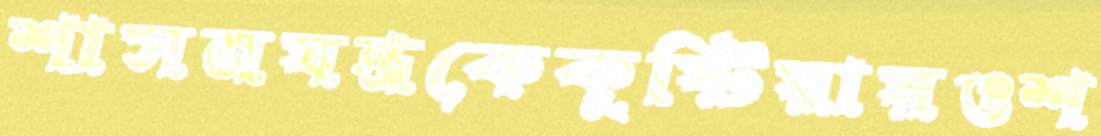
শাসনযন্ত্রকেকুষ্টিয়ায়ওশ